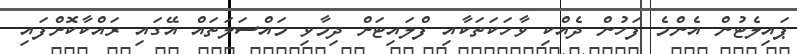
ޕައިލެޓުން އެންމެ ފަހުން ދެއްކި ވާހަކަތަކާއި ފްލައިޓަށް ދިމާވި މައްސަލަތައް އޭގައި ރައްކާކޮށްފައި